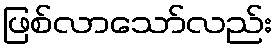
ဖြစ်လာသော်လည်း